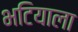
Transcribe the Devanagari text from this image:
भटियाला